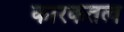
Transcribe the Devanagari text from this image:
कारकतत्व